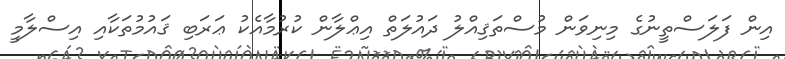
އިން ފަލަސްތީނުގެ މިނިވަން މުސްތަޤިއްލު ދައުލަތް އިޢްލާން ކުރުމާއެކު ޢަރަބި ޤައުމުތަކާއި އިސްލާމީ